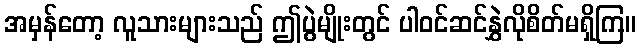
အမှန်တော့ လူသားများသည် ဤပွဲမျိုးတွင် ပါဝင်ဆင်နွှဲလိုစိတ်မရှိကြ။